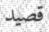
قصيد